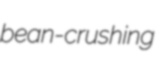
bean-crushing